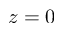
z = 0